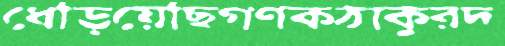
ধেড়িয়েছিগণকঠাকুরদ